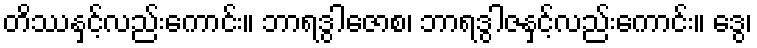
တိဿနှင့်လည်းကောင်း။ ဘာရဒွါဇောစ၊ ဘာရဒွါဇနှင့်လည်းကောင်း။ ဒွေ၊